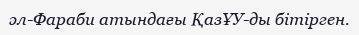
әл-Фараби атындағы ҚазҰУ-ды бітірген.